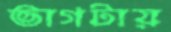
ভাগটায়